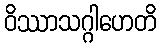
ဝိဿာသဂ္ဂါဟေတိ